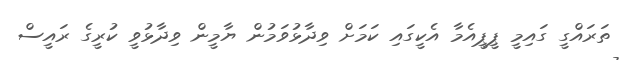
ތަރައްގީ ގައިމީ ޕީޕީއެމާ އެކީގައި ކަމަށް ވިދާޅުވަމުން ޔާމީން ވިދާޅުވީ ކުރީގެ ރައީސް